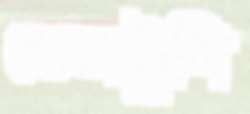
তেলটুপি